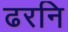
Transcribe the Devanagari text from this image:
ढरनि